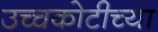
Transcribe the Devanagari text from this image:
उच्चकोटीच्या